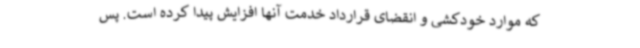
که موارد خودکشی و انقضای قرارداد خدمت آنها افزایش پیدا کرده است. پس